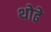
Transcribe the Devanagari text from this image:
थोढे